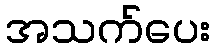
အသက်ပေး